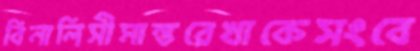
বিনালিসীমান্তরেখাকেসংবে